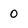
Character: 0